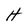
Character: H